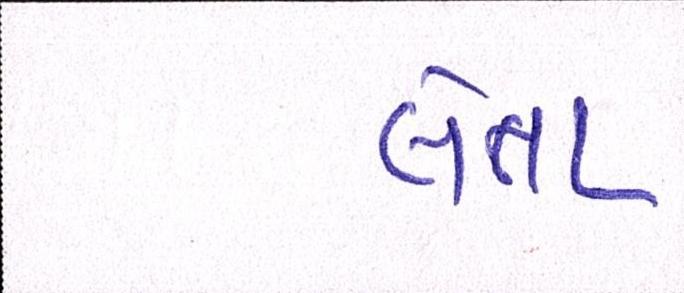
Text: લેતા